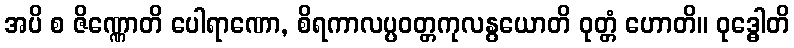
အပိ စ ဇိဏ္ဏောတိ ပေါရာဏော, စိရကာလပ္ပဝတ္တကုလနွယောတိ ဝုတ္တံ ဟောတိ။ ဝုဒ္ဓေါတိ